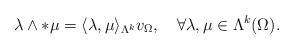
LaTeX: \begin{align*} \lambda\wedge\ast\mu=\langle\lambda,\mu\rangle_{\Lambda^{k}}v_{\Omega},\quad\forall\lambda,\mu\in\Lambda^{k}(\Omega).\end{align*}